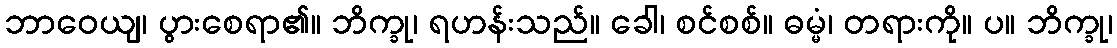
ဘာဝေယျ၊ ပွားစေရာ၏။ ဘိက္ခု၊ ရဟန်းသည်။ ခေါ၊ စင်စစ်။ ဓမ္မံ၊ တရားကို။ ပ။ ဘိက္ခု၊